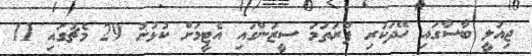
ޖިއުލީ ބާސާގައި ހޭދަކުރި ފުރަތަމަ ސީޒަންގައި އެޓީމަށް ކުޅުނު 29 މެޗުގައި 11